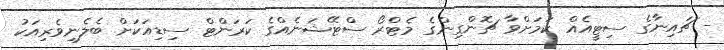
- ޗައިނާގެ ސިޓީއެއް ކަމަށްވާ ޗޮންގިންގެ މެޓްރޯ ސްޓޭޝަނެއްގެ ކަރަންޓް ސިޑިއަަކަށް ބެލެނިވެރިއަކު